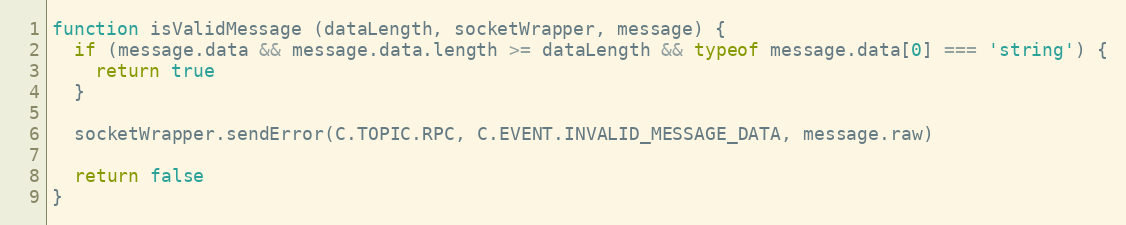
Language: JavaScript
function isValidMessage (dataLength, socketWrapper, message) {
  if (message.data && message.data.length >= dataLength && typeof message.data[0] === 'string') {
    return true
  }

  socketWrapper.sendError(C.TOPIC.RPC, C.EVENT.INVALID_MESSAGE_DATA, message.raw)

  return false
}